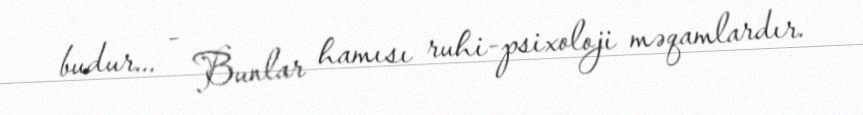
budur... - Bunlar hamısı ruhi-psixoloji məqamlardır.